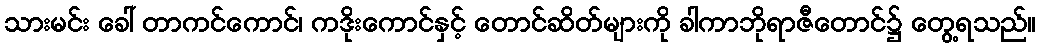
သားမင်း ခေါ် တာကင်ကောင်၊ ကဒိုးကောင်နှင့် တောင်ဆိတ်များကို ခါကာဘိုရာဇီတောင်၌ တွေ့ရသည်။